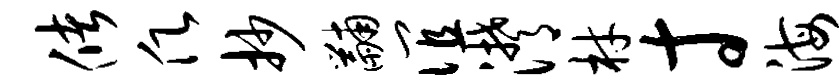
储愿抄黼谊潸材寸海